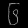
Digit: ၆